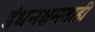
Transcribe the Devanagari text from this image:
इंधनक्षमताही